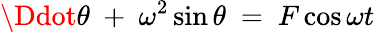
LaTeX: \Ddot{\theta}\ +\ \omega^{2}\sin{\theta}\ =\ F\cos{\omega t}